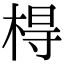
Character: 棏